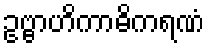
ဥဗ္ဗာဟိကာဓိကရဏံ